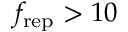
f _ { \mathrm { r e p } } > 1 0